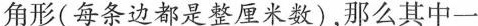
角形(每条边都是整厘米数)，那么其中一